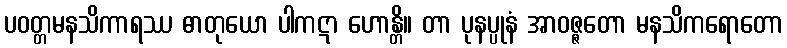
ပဝတ္တမနသိကာရဿ ဓာတုယော ပါကဋာ ဟောန္တိ။ တာ ပုနပ္ပုနံ အာဝဇ္ဇတော မနသိကရောတော